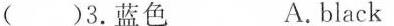
( )3.蓝色 A. black